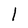
Character: l